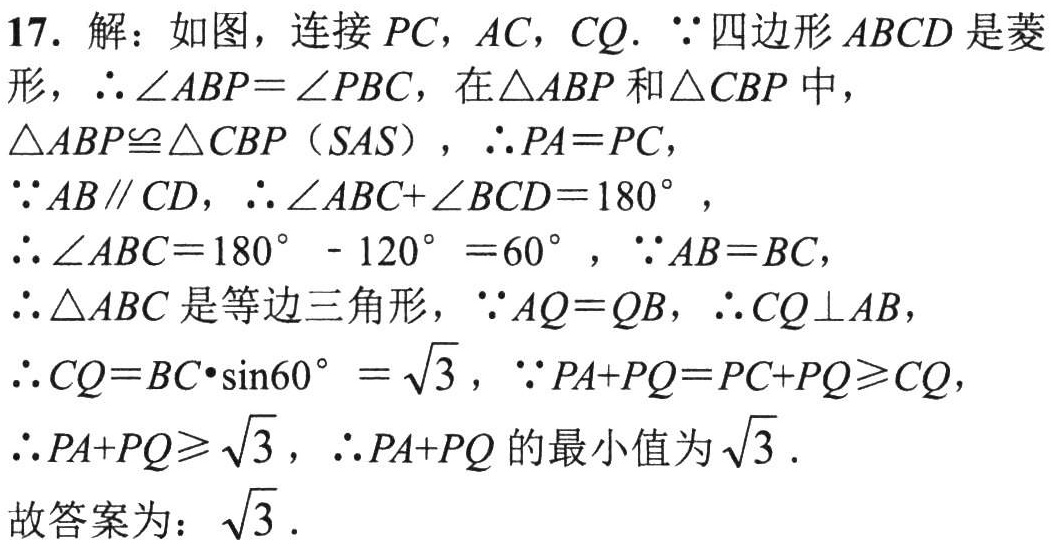
17. 解：如图，连接 \(PC\)，\(AC\)，\(CQ\). \(\because\) 四边形 \(ABCD\) 是菱形，\(\therefore\angle ABP = \angle PBC\)，在 \(\triangle ABP\) 和 \(\triangle CBP\) 中，

\(\triangle ABP\cong\triangle CBP\)（\(SAS\)），\(\therefore PA = PC\)，

\(\because AB\parallel CD\)，\(\therefore\angle ABC+\angle BCD = 180^{\circ}\)，

\(\therefore\angle ABC = 180^{\circ}- 120^{\circ}=60^{\circ}\)，\(\because AB = BC\)，

\(\therefore\triangle ABC\) 是等边三角形，\(\because AQ = QB\)，\(\therefore CQ\perp AB\)，

\(\therefore CQ = BC\cdot\sin60^{\circ}=\sqrt{3}\)，\(\because PA + PQ = PC + PQ\geqslant CQ\)，

\(\therefore PA + PQ\geqslant\sqrt{3}\)，\(\therefore PA + PQ\) 的最小值为 \(\sqrt{3}\).

故答案为：\(\sqrt{3}\).